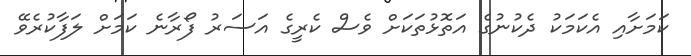
ކަމަށާއި އެކަމަކު ދެކުނުގެ އަތޮޅުތަކަށް ވެސް ކެރީގެ އަސަރު ފޯރާނެ ކަމަށް ލަފާކުރެވޭ